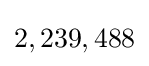
2,239,488